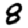
Digit: 8